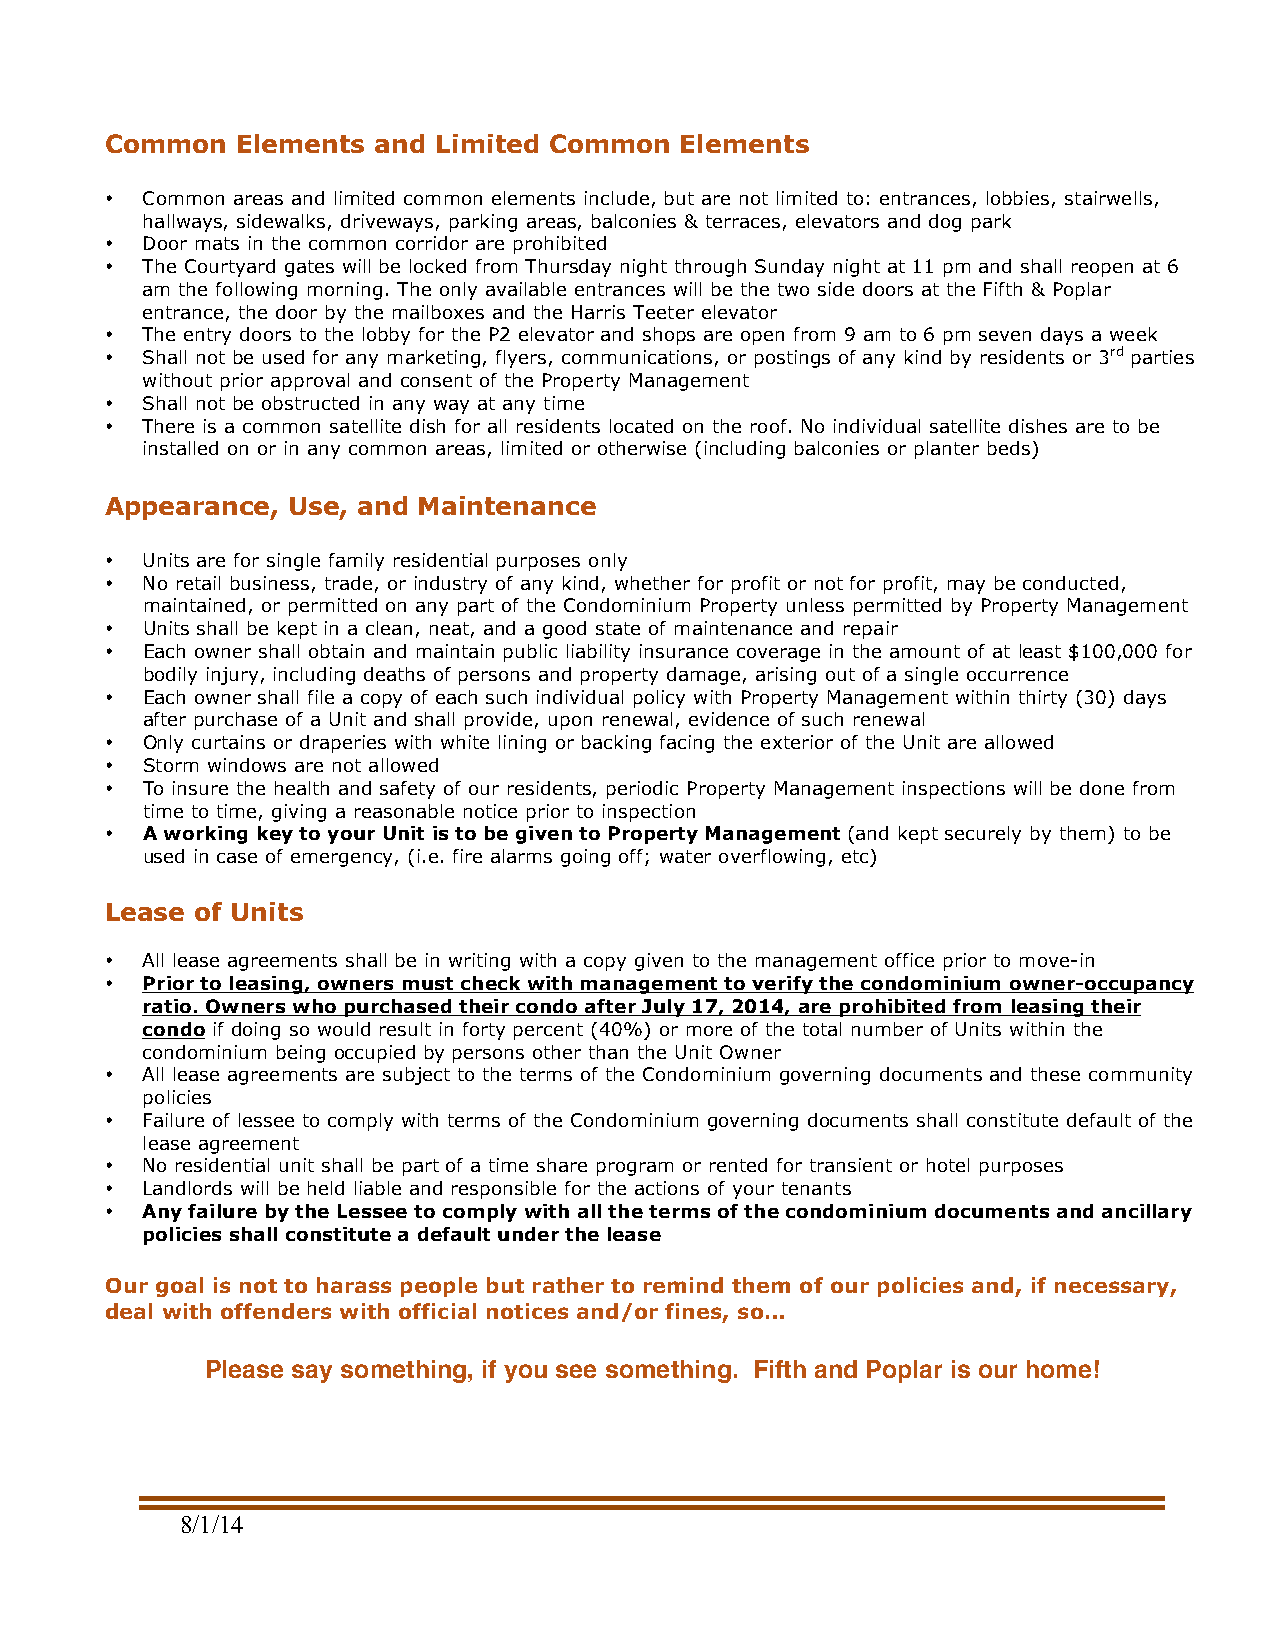
Common   Elements and Limited Common  Elements
 • Common areas and limited common elements include, but are not limited to: entrances, lobbies, stairwells,
 hallways, sidewalks, driveways, parking areas, balconies & terraces, elevators and dog park
 • Door mats in the common corridor are prohibited
 • The Courtyard gates will be locked from Thursday night through Sunday night at 11 pm and shall reopen at 6
 am the following morning. The only available entrances will be the two side doors at the Fifth & Poplar
 entrance, the door by the mailboxes and the Harris Teeter elevator
 • The entry doors to the lobby for the P2 elevator and shops are open from 9 am to 6 pm seven days a week
 • Shall not be used for any marketing, flyers, communications, or postings of any kind by residents or 3rd parties
 without prior approval and consent of the Property Management
 • Shall not be obstructed in any way at any time
 • There is a common satellite dish for all residents located on the roof. No individual satellite dishes are to be
 installed on or in any common areas, limited or otherwise (including balconies or planter beds)
 Appearance, Use, and Maintenance
 • Units are for single family residential purposes only
 • No retail business, trade, or industry of any kind, whether for profit or not for profit, may be conducted,
 maintained, or permitted on any part of the Condominium Property unless permitted by Property Management
 • Units shall be kept in a clean, neat, and a good state of maintenance and repair
 • Each owner shall obtain and maintain public liability insurance coverage in the amount of at least $100,000 for
 bodily injury, including deaths of persons and property damage, arising out of a single occurrence
 • Each owner shall file a copy of each such individual policy with Property Management within thirty (30) days
 after purchase of a Unit and shall provide, upon renewal, evidence of such renewal
 • Only curtains or draperies with white lining or backing facing the exterior of the Unit are allowed
 • Storm windows are not allowed
 • To insure the health and safety of our residents, periodic Property Management inspections will be done from
 time to time, giving a reasonable notice prior to inspection
 • A working key to your Unit is to be given to Property Management (and kept securely by them) to be
 used in case of emergency, (i.e. fire alarms going off; water overflowing, etc)
 Lease of Units
 • All lease agreements shall be in writing with a copy given to the management office prior to move-in
 • Prior to leasing, owners must check with management to verify the condominium owner-occupancy
 ratio. Owners who purchased their condo after July 17, 2014, are prohibited from leasing their
 condo if doing so would result in forty percent (40%) or more of the total number of Units within the
 condominium being occupied by persons other than the Unit Owner
 • All lease agreements are subject to the terms of the Condominium governing documents and these community
 policies
 • Failure of lessee to comply with terms of the Condominium governing documents shall constitute default of the
 lease agreement
 • No residential unit shall be part of a time share program or rented for transient or hotel purposes
 • Landlords will be held liable and responsible for the actions of your tenants
 • Any failure by the Lessee to comply with all the terms of the condominium documents and ancillary
 policies shall constitute a default under the lease
 Our goal is not to harass people but rather to remind them of our policies and, if necessary,
 deal with offenders with official notices and/or fines, so…
 Please say something, if you see something. Fifth and Poplar is our home!
 8/1/14